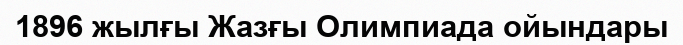
1896 жылғы Жазғы Олимпиада ойындары